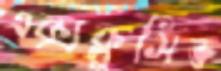
এক্সক্লুসিভ